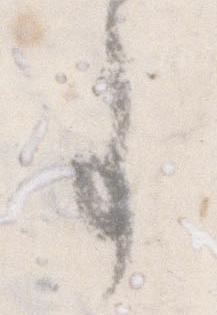
事